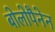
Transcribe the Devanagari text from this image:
बोलोपैनेन